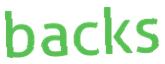
backs